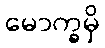
မောက္ခမှိ